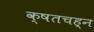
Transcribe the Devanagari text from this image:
क्षतचह्न